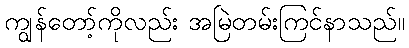
ကျွန်တော့်ကိုလည်း အမြဲတမ်းကြင်နာသည်။